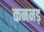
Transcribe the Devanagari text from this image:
कननड़